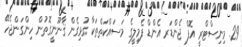
29. މިނިސްޓްރީ އޮފް ޖެންޑަރ އެންޑް ފެމިލީގެ މަސައްކަތްތަކާ ގުޅިގެން ޤާނޫނީގޮތުން ހިންގަންޖެހޭ